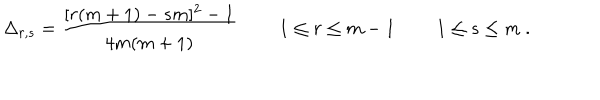
\Delta _ { r , s } = { \frac { [ r ( m + 1 ) - s m ] ^ { 2 } - 1 } { 4 m ( m + 1 ) } } \ \qquad 1 \leq r \leq m - 1 \ \qquad 1 \leq s \leq m \ .